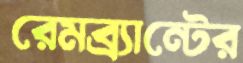
রেমব্র্যান্টের